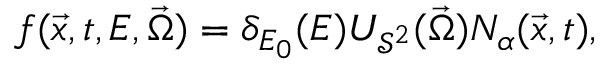
f ( \vec { x } , t , E , \vec { \Omega } ) = \delta _ { E _ { 0 } } ( E ) U _ { \mathcal { S } ^ { 2 } } ( \vec { \Omega } ) N _ { \alpha } ( \vec { x } , t ) ,